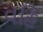
વહિ